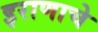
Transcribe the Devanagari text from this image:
इराणाचे